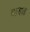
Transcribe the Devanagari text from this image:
बाणात